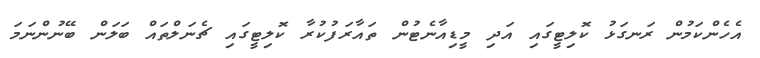
އެެހެންކަމުން ރަނގަޅު ކޮލިޓީގައި އަދި މީޑިއާނެޓުން ތައާރަފުކުރާ ކޮލިޓީގައި ޗެނަލްތައް ބަލަން ބޭނުންނަމަ